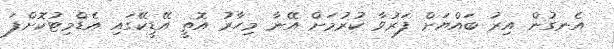
އެނގުން އިރު ބައްޔަށް ފަރުވާ ކުރުމަށް އޭނާ މިހާރު އޮތީ އޭޑީކޭގައި އެޑްމިޓުކޮށްފަ